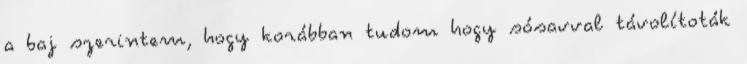
a baj szerintem, hogy korábban tudom hogy sósavval távolítoták